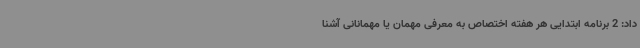
داد: 2 برنامه ابتدایی هر هفته اختصاص به معرفی مهمان یا مهمانانی آشنا